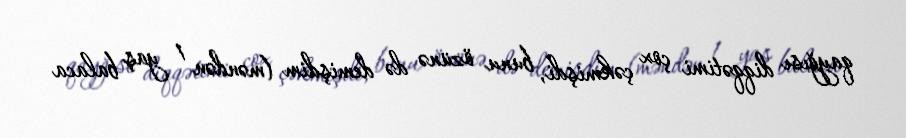
qayğısı diqqətimi çox çəkmişdi, bunu özünə də demişdim (məndən 1 yaş balaca